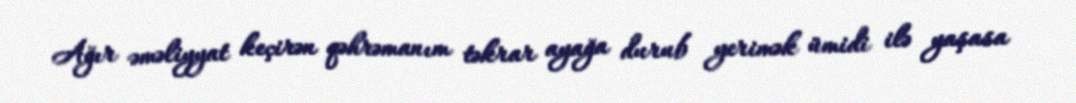
Ağır əməliyyat keçirən qəhrəmanım təkrar ayağa durub yerimək ümidi ilə yaşasa